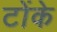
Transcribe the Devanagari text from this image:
टोंके